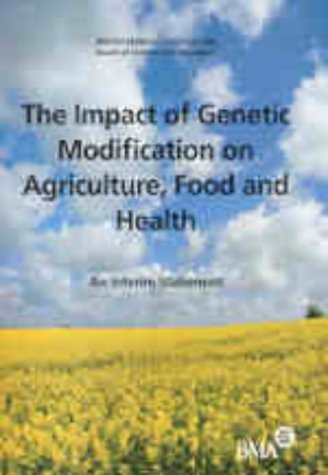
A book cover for Impact of Genetic Modification on Foods; Health, Fitness & Dieting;